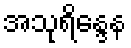
အသုရိန္ဒေန